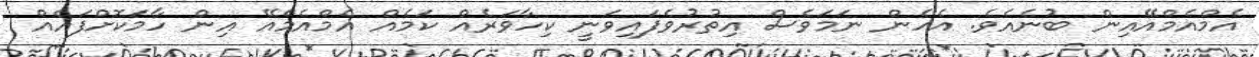
އެމްއެމްއޭއިން ބުނެއެވެ. އެހެން ނަމަވެސް އިތުރުވެފައިވަނީ ކިހާވަރެއް ކަމެއް އެމްއެމްއޭ އިން ހާމަކޮށްފައެއް